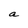
Character: a